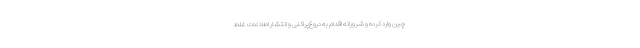
چین وارد کرده و شرورانه اقدام به دروغ‌پراکنی و انتشار اطلاعات غلط